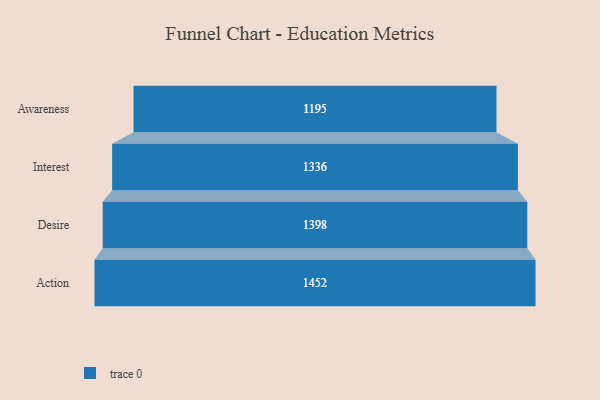
{"axis": {"x": "Stage", "y": "Value"}, "legend": [""], "data": [{"x": "Awareness", "y": 1195.0, "type": ""}, {"x": "Interest", "y": 1336.0, "type": ""}, {"x": "Desire", "y": 1398.0, "type": ""}, {"x": "Action", "y": 1452.0, "type": ""}]}